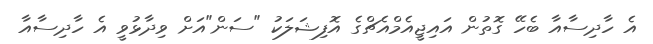
އެ ހާދިސާއާ ބެހޭ ގޮތުން އައިޖީއެމްއެޗްގެ އޮފިޝަލަކު "ސަން"އަށް ވިދާޅުވީ އެ ހާދިސާއާ